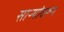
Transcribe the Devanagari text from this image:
साऱ्यांवरून